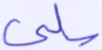
سلبي